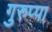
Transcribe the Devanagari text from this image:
गुरुप्पा